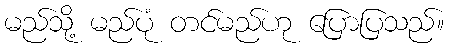
မည်သို့ မည်ပုံ တင်မည်ဟု ပြောပြသည်။